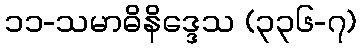
၁၁-သမာဓိနိဒ္ဒေသ (၃၃၆-၇)